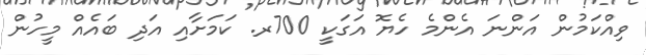
ވިއްކަމުން އަންނަ އެންމެ ހެޔޮ އަގަކީ 700ރ. ކަމަށާއި އަދި ބައެއް މީހުން